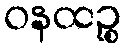
ဝနထဉ္စ